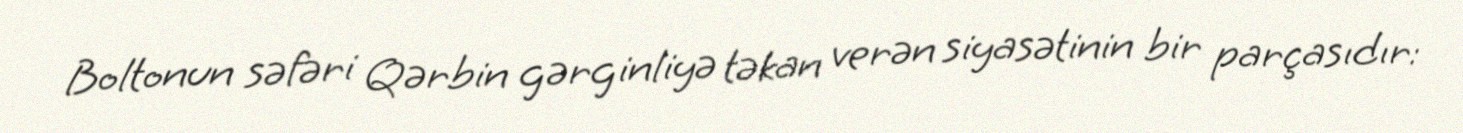
Boltonun səfəri Qərbin gərginliyə təkan verən siyasətinin bir parçasıdır: